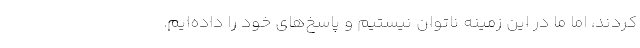
کردند، اما ما در این زمینه ناتوان نیستیم و پاسخ‌های خود را داده‌ایم.